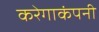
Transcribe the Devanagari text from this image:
करेगाकंपनी